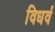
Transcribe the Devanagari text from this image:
विधर्व